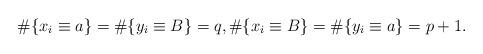
LaTeX: \begin{align*}\#\{x_i \equiv a\}=\#\{y_i \equiv B\}=q, \#\{ x_i \equiv B\}=\#\{ y_i \equiv a\}=p+1.\end{align*}